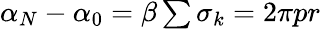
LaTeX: \begin{array}{r}{\alpha_{N}-\alpha_{0}=\beta\sum\sigma_{k}=2\pi pr}\end{array}